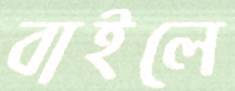
বাইলে